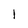
Character: I